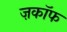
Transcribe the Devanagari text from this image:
ज़काॅफ